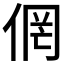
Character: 𱎴